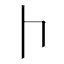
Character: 𠁡